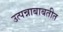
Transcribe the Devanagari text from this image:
उत्पन्नाबाबतीत